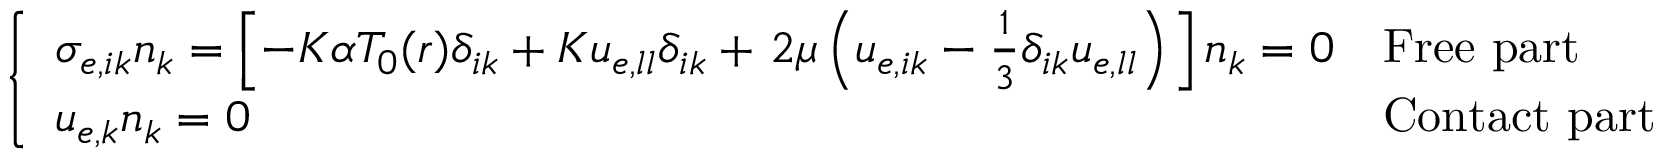
\left\{ \begin{array} { l l } { \sigma _ { e , i k } n _ { k } = \left[ - K \alpha T _ { 0 } ( \boldsymbol { r } ) \delta _ { i k } + K u _ { e , l l } \delta _ { i k } + \left. 2 \mu \left( u _ { e , i k } - \frac { 1 } { 3 } \delta _ { i k } u _ { e , l l } \right) \right. \right] n _ { k } = 0 } & { \mathrm { F r e e ~ p a r t } } \\ { u _ { e , k } n _ { k } = 0 } & { \mathrm { C o n t a c t ~ p a r t } } \end{array} \right.